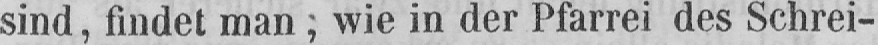
sind, findet man; wie in der Pfarrei des Schrei-